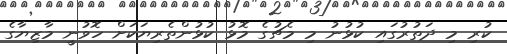
ކުރި މި ދަތުރުގައި ކުޅުނު މި މެޗުގެ މޮޅު ކުޅުންތެރިޔަކަށް ހޮވުނީ މާޒިޔާގެ